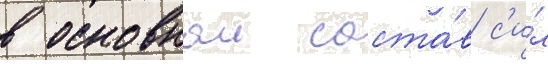
в основнои соста́в с'и́л